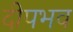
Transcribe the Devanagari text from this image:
दीपभव